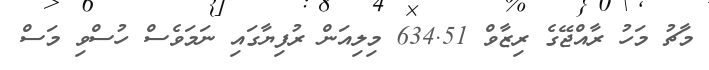
މާޗު މަހު ރާއްޖޭގެ ރިޒާވް 634.51 މިލިއަން ރުފިޔާގައި ނަމަވެސް ހުސްވި މަސް